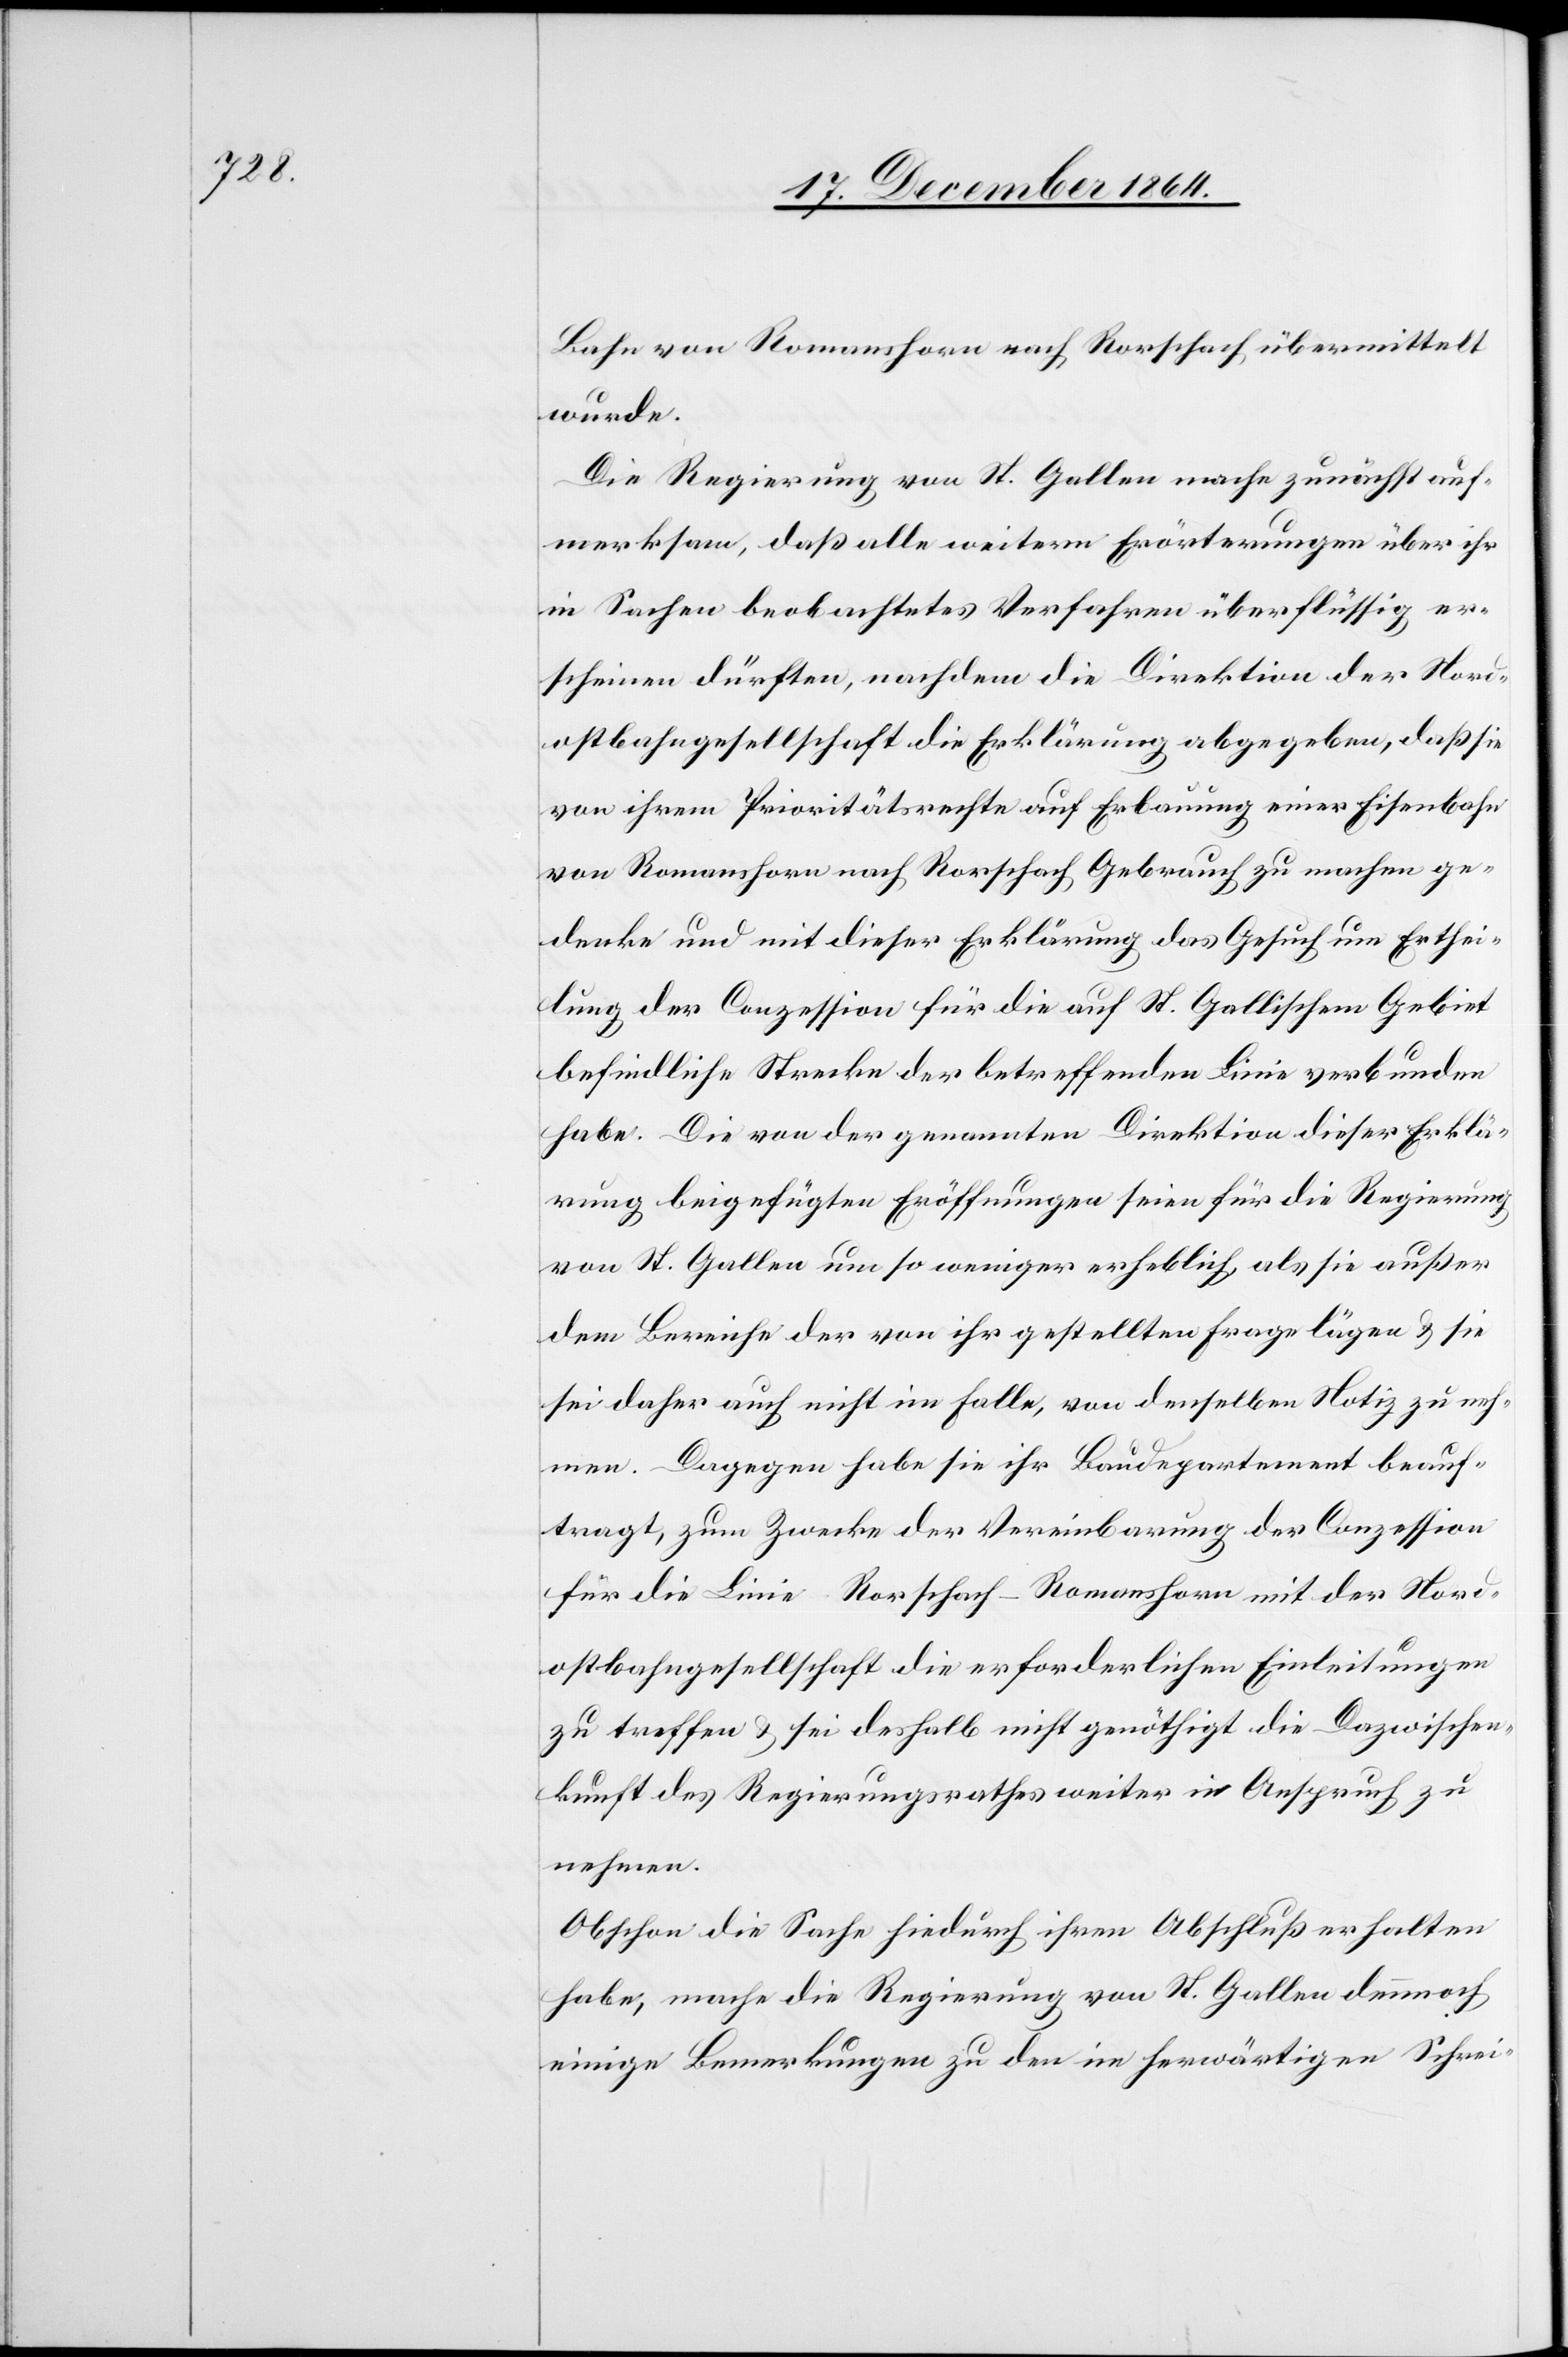
Bahn von Romanshorn nach Rorschach übermittelt
wurde.
Die Regierung von St. Gallen mache zunächst auf¬
merksam, daß alle weitern Erläuterungen über ihr
in Sachen beobachtetes Verfahren überflüssig er¬
scheinen dürften, nachdem die Direktion der Nord¬
ostbahngesellschaft die Erklärung abgegeben, daß sie
von ihrem Prioritätsrechte auf Erbauung einer Eisenbahn
von Romanshorn nach Rorschach Gebrach zu machen ge¬
denke und mit dieser Erklärung das Gesuch um Erthei¬
lung der Conzession für die aus St. Gallischem Gebiet
befindliche Strecke der betreffenden Linie verbunden
habe. Die von der genannten Direktion dieser Erklä¬
rung beigefügten Eröffnungen seien für die Regierung
von St. Gallen um so weniger erheblich, als sie außer
dem Bereiche der von ihr gestellten Frage lägen & sie
sei daher auch nicht im Falle, von denselben Notiz zu neh¬
men. Dagegen habe sie ihr Baudepartement beauf¬
tragt, zum Zwecke der Vereinbarung der Conzession
für die Linie Rorschach–Romanshorn mit der Nord¬
ostbahngesellschaft die erforderlichen Einleitungen
zu treffen & sei deshalb nicht genöthigt die Dazwischen¬
kunft des Regierungsrathes weiter in Anspruch zu
nehmen.
Obschon die Sache hiedurch ihren Abschluß erhalten
habe, mache die Regierung von St. Gallen dennoch
einige Bemerkungen zu den im herwärtigen Schrei-